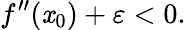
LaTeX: f^{\prime\prime}(\mathit{x}_{0})+\varepsilon<0.